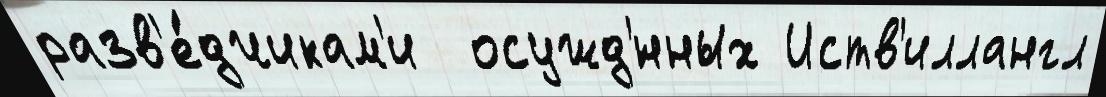
разв'е́дчикам'и  осужд'́нных Иств'иллангл